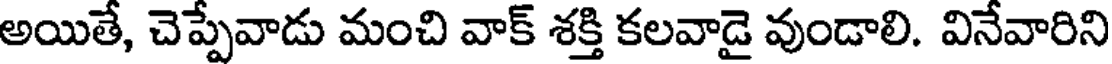
అయితే, చెప్పేవాడు మంచి వాక్ శక్తి కలవాడై వుండాలి. వినేవారిని